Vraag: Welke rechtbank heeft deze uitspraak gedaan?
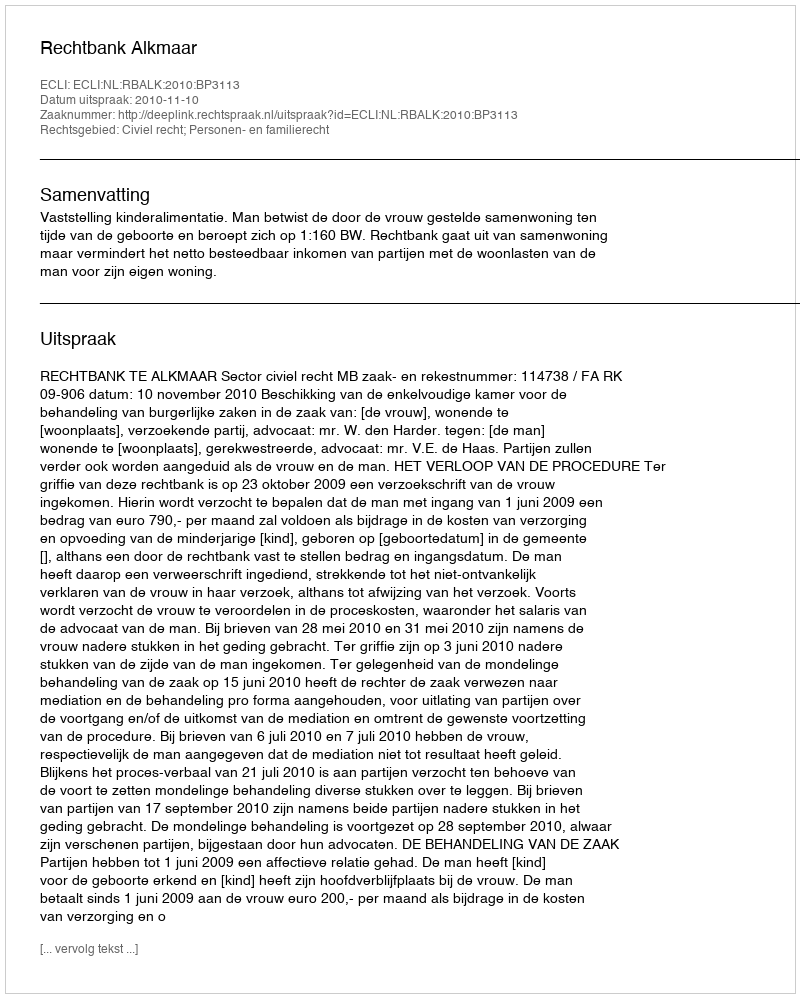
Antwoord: Rechtbank Alkmaar